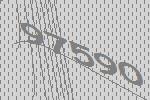
97590